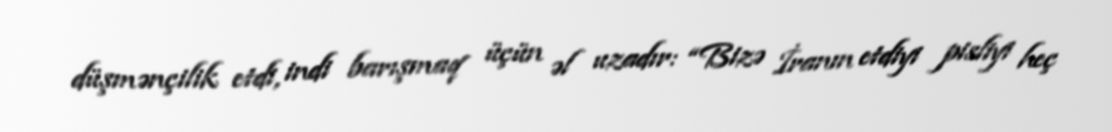
düşmənçilik etdi, indi barışmaq üçün əl uzadır: “Bizə İranın etdiyi pisliyi heç